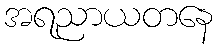
အရညာယတနေ